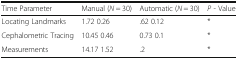
| Time Parameter | Manual (N = 30) | Automatic (N = 30) | P - Value |
 | --- | --- | --- | --- |
 | Locating Landmarks | 1.72 0.26 | .62 0.12 | * |
 | Cephalometric Tracing | 10.45 0.46 | 0.73 0.1 | * |
 | Measurements | 14.17 1.52 | .2 | * |